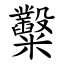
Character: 糳